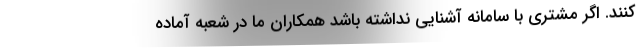
کنند. اگر مشتری با سامانه آشنایی نداشته باشد همکاران ما در شعبه آماده